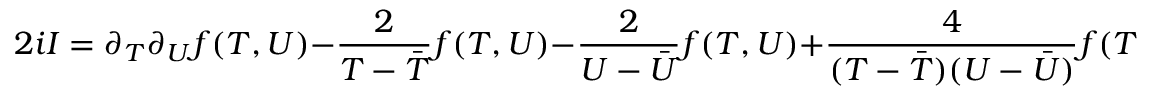
2 i { \cal I } = \partial _ { T } \partial _ { U } f ( T , U ) - \frac { 2 } { T - { \bar { T } } } f ( T , U ) - \frac { 2 } { U - { \bar { U } } } f ( T , U ) + \frac { 4 } { ( T - { \bar { T } } ) ( U - { \bar { U } } ) } f ( T , U ) + h . c